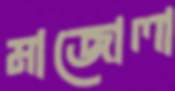
মাজোলা